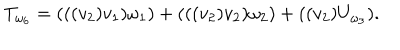
T _ { \omega _ { 6 } } = ( ( ( v _ { 2 } ) v _ { 1 } ) \omega _ { 1 } ) + ( ( ( v _ { 2 } ) v _ { 2 } ) \omega _ { 2 } ) + ( ( v _ { 2 } ) U _ { \omega _ { 3 } } ) .